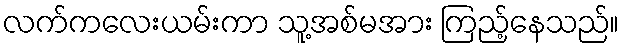
လက်ကလေးယမ်းကာ သူ့အစ်မအား ကြည့်နေသည်။